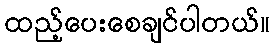
ထည့်ပေးစေချင်ပါတယ်။